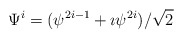
\begin{align*}\Psi^i = (\psi^{2i-1} + \imath \psi^{2i}) / \sqrt 2\end{align*}